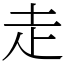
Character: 走